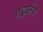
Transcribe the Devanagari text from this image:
एड्लेर